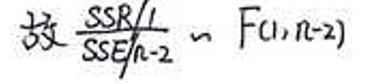
\[
\frac{SSR/1}{SSE/(n - 2)} \sim F(1,n - 2)
\]